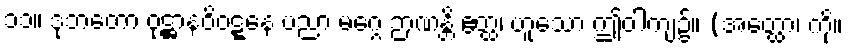
၁၁။ ဒုဘတော ဝုဋ္ဌာနဝိဝဋ္ဋနေ ပညာ မဂ္ဂေ ဉာဏန္တိ ဧတ္ထ၊ ဟူသော ဤဝါကျ၌။ (အတ္ထော၊ ကို။